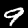
Label: 9